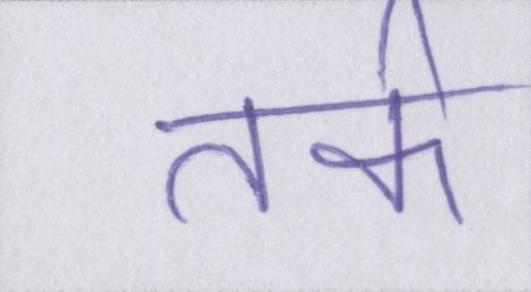
तर्क